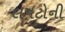
લપટોની